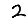
Digit: 2